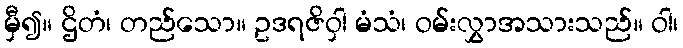
မှီ၍။ ဌိတံ၊ တည်သော။ ဥဒရဇိဝှါ မံသံ၊ ဝမ်းလွှာအသားသည်။ ဝါ၊